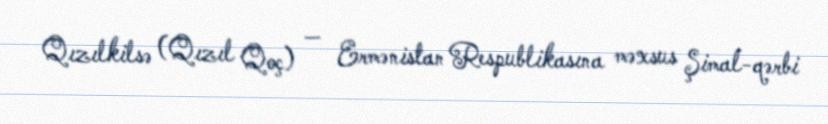
Qızılkilsə (Qızıl Qoç) — Ermənistan Respublikasına məxsus Şimal-qərbi